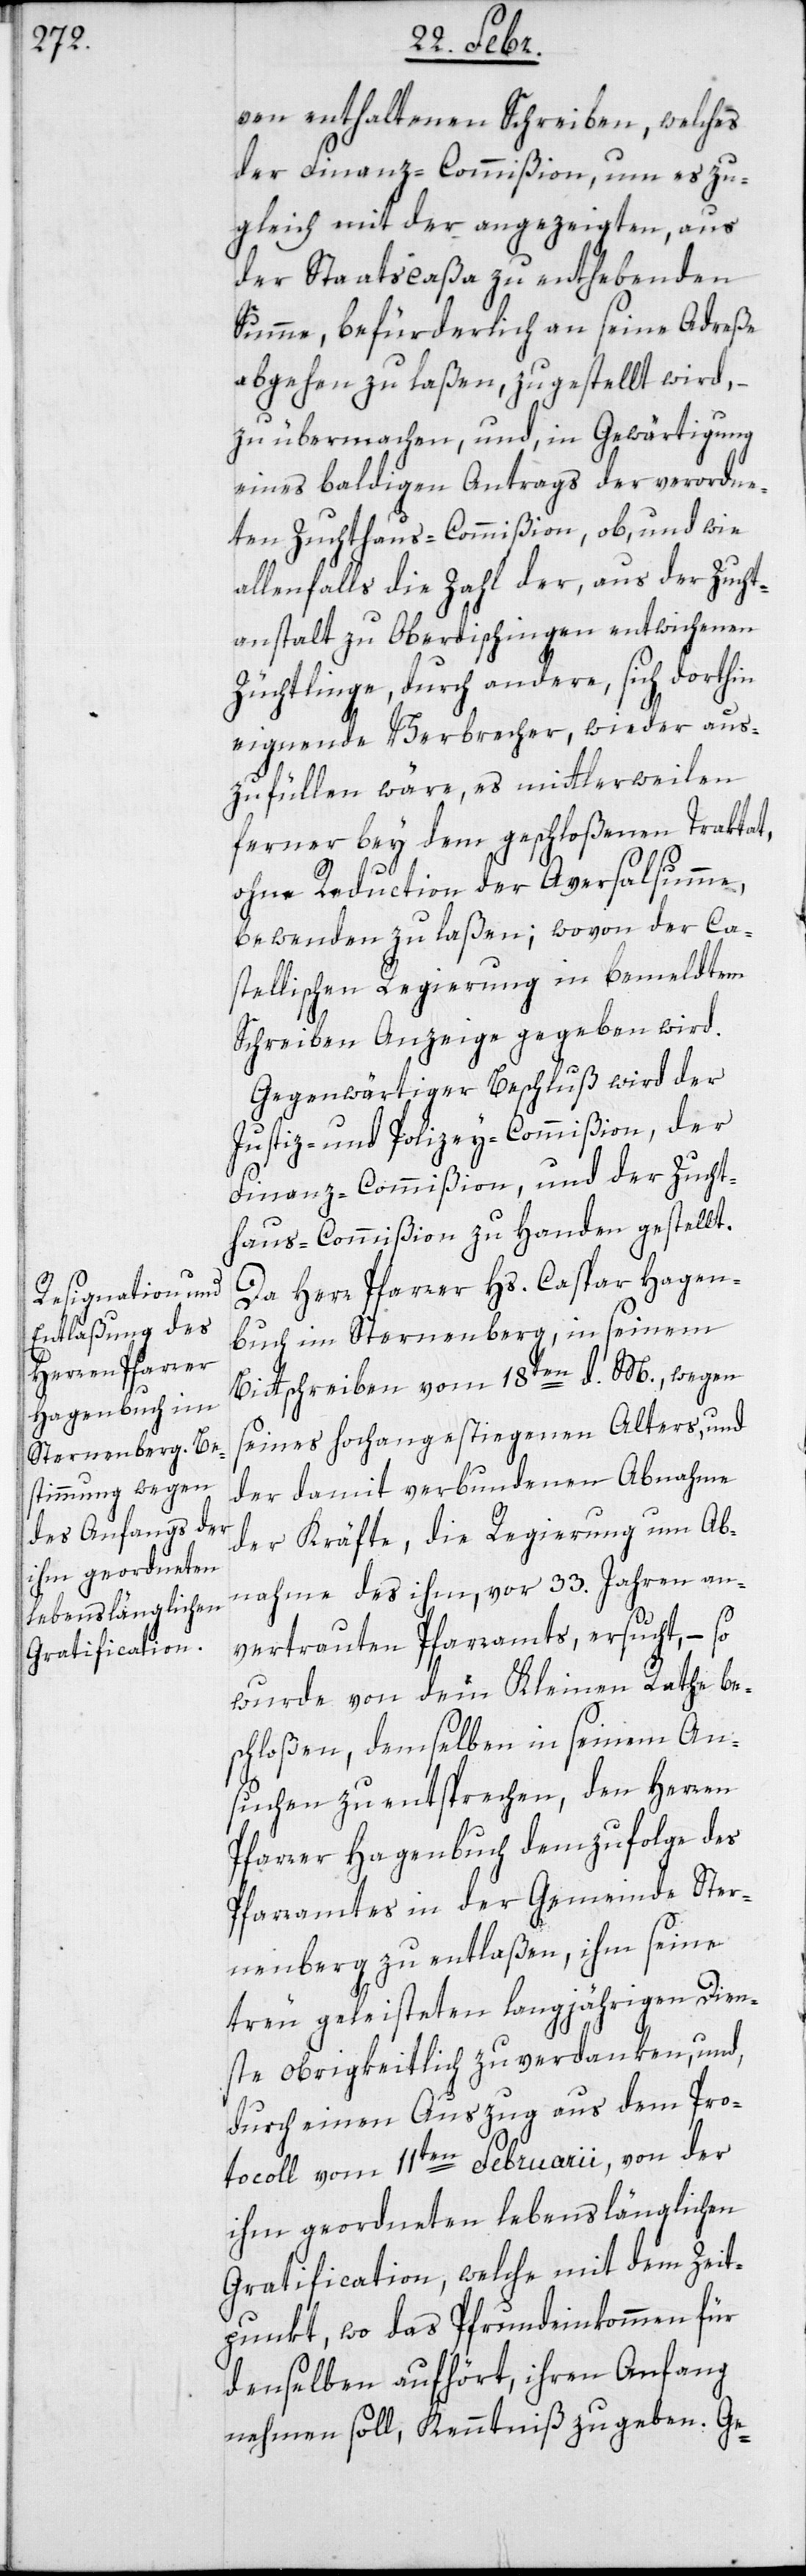
ven enthaltenen Schreiben, welches
der Finanz-Commißion, um es zu¬
gleich mit der angezeigten, aus
der Staatscaßa zu enthebenden
Summe, befürderlich an seine Adreße
abgehen zu laßen, zugestellt wird,
zu übermachen, und, in Gewärtigung
eines baldigen Antrags der verordne¬
ten Zuchthaus-Commißion, ob, und wie
allenfalls die Zahl der, aus der Zucht¬
anstalt zu Oberdischingen entwichenen
Züchtlinge, durch andere, sich dorthin
eignende Verbrecher, wieder aus¬
zufüllen wäre, es mittlerweilen
ferner bey dem geschloßenen Traktat,
ohne Reduction der Aversalsumme,
bewenden zu laßen; wovon der Ca¬
stellischen Regierung in bemeldtem
Schreiben Anzeige gegeben wird.
Gegenwärtiger Beschluß wird der
Justiz- und Polizey-Commißion, der
Finanz-Commißion und der Zucht¬
haus-Commißion zu Handen gestellt.
Da Herr Pfarrer Hs. Caspar Hagen¬
buch im Sternenberg, in seinem
Bittschreiben vom 18ten d. M., wegen
seines hochangestiegenen Alters, und
der damit verbundenen Abnahme
der Kräfte, die Regierung um Ab¬
nahme des ihm, vor 33. Jahren an¬
vertrauten Pfarramts, ersucht, – so
wurde von dem Kleinen Rathe be¬
schloßen, demselben in seinem An¬
suchen zu entsprechen, den Herren
Pfarrer Hagenbuch demzufolge des
Pfarramtes in der Gemeinde Ster¬
nenberg zu entlaßen, ihm seine
treu geleisteten langjährigen Dien¬
ste obrigkeitlich zu verdanken, und,
durch einen Auszug aus dem Pro¬
tocoll vom 11ten Februarii, von der
ihm geordneten lebenslänglichen
Gratification, welche mit dem Zeit¬
punkt, wo das Pfrundeinkommen für
denselben aufhört, ihren Anfang
nehmen soll, Kenntniß zu geben. Ge-